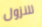
للنزول